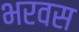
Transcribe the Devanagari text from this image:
भरवस